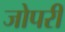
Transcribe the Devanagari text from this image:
जोपरी